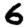
Digit: 6